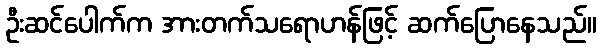
ဦးဆင်ပေါက်က အားတက်သရောဟန်ဖြင့် ဆက်ပြောနေသည်။